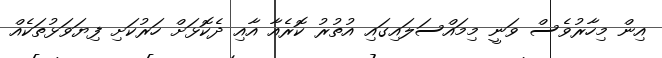
އިން މިހާރުވެސް ވަނީ މިމައްސަލައިގައި އުތުރު ކޮރެއާ އާއި ދެކޮޅަށް ހަރުކަށި ފިޔަވަޅުތަކެއް